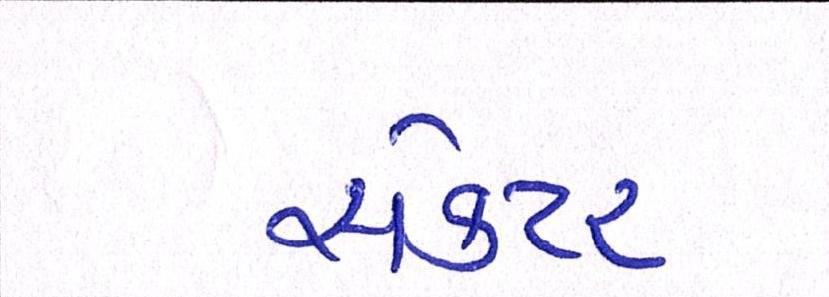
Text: સેકટર